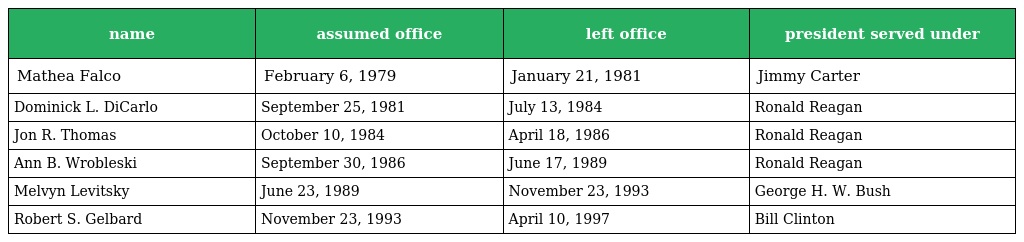
| name | assumed office | left office | president served under |
 | --- | --- | --- | --- |
 | Mathea Falco | February 6, 1979 | January 21, 1981 | Jimmy Carter |
 | Dominick L. DiCarlo | September 25, 1981 | July 13, 1984 | Ronald Reagan |
 | Jon R. Thomas | October 10, 1984 | April 18, 1986 | Ronald Reagan |
 | Ann B. Wrobleski | September 30, 1986 | June 17, 1989 | Ronald Reagan |
 | Melvyn Levitsky | June 23, 1989 | November 23, 1993 | George H. W. Bush |
 | Robert S. Gelbard | November 23, 1993 | April 10, 1997 | Bill Clinton |